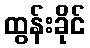
ထွန်းခိုင်